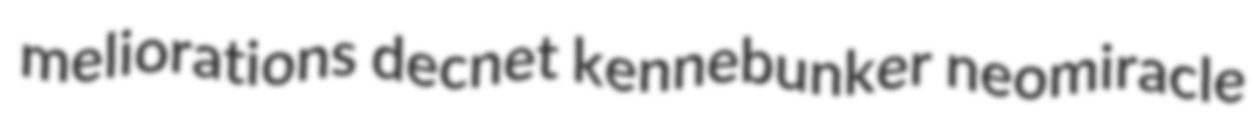
meliorations decnet kennebunker neomiracle